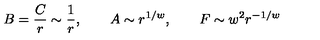
B = \frac { C } { r } \sim \frac { 1 } { r } , \qquad A \sim r ^ { 1 / w } , \qquad F \sim w ^ { 2 } r ^ { - 1 / w } \,